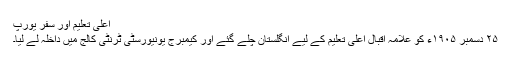
اعلی تعلیم اور سفر یورپ
٢۵ دسمبر ١٩٠۵ء کو علامہ اقبال اعلی تعلیم کے لیے انگلستان چلے گئے اور کیمبرج یونیورسٹی ٹرنٹی کالج میں داخلہ لے لیا۔